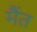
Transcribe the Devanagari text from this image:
मैंत